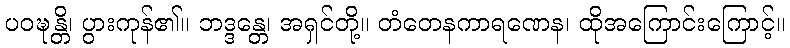
ပဝဍ္ဎန္တိ၊ ပွားကုန်၏။ ဘဒ္ဒန္တေ၊ အရှင်တို့။ တံတေနကာရဏေန၊ ထိုအကြောင်းကြောင့်။